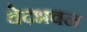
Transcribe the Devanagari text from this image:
वेदभवन